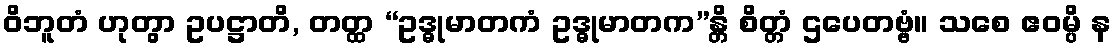
ဝိဘူတံ ဟုတွာ ဥပဋ္ဌာတိ, တတ္ထ “ဥဒ္ဓုမာတကံ ဥဒ္ဓုမာတက”န္တိ စိတ္တံ ဌပေတဗ္ဗံ။ သစေ ဧဝမ္ပိ န